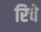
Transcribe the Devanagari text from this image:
रिचे